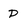
Character: D